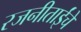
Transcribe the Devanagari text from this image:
रजनीताईंचे